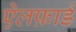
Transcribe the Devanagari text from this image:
ऐलफ़ार्ड